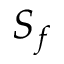
S _ { f }